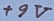
Text: +9V